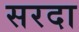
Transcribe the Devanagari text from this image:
सरदा